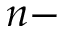
n -